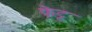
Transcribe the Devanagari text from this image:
फ़ेट्ट